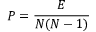
P = \frac { E } { N ( N - 1 ) }